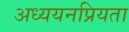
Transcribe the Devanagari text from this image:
अध्ययनप्रियता